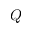
Q